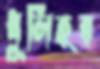
ধুলিহর